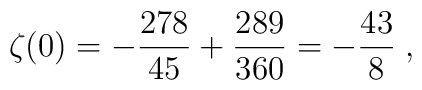
\zeta(0)=-{278\over 45}+{289\over 360}=-{43\over 8} \; ,